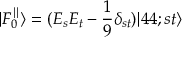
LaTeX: | F _ { 0 } ^ { \parallel } \rangle = ( E _ { s } E _ { t } - \frac { 1 } { 9 } \delta _ { s t } ) | 4 4 ; s t \rangle